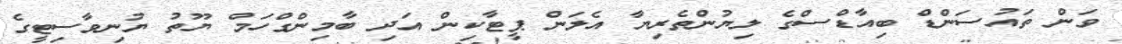
ވަން ތައުސަންޑް ބިއާޑްސްގެ ލިޔުންތެރިޔާ އެލަން ޕީޓާކިން އަދި ބާމިންގްހަމް ޔޫތު ޔުނިވާސިޓީގެ